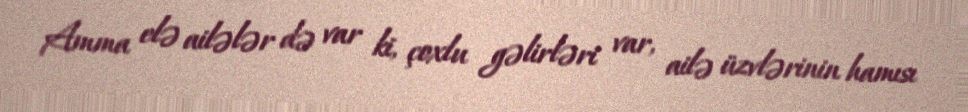
Amma elə ailələr də var ki, çoxlu gəlirləri var, ailə üzvlərinin hamısı